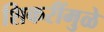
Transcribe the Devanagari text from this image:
शिकरींमुळे